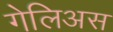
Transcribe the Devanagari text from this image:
गेलिअस